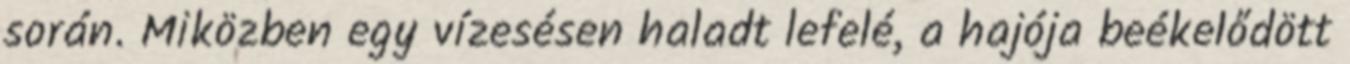
során. Miközben egy vízesésen haladt lefelé, a hajója beékelődött